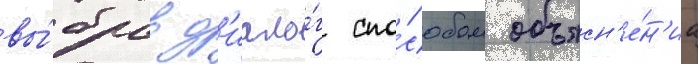
вы́брав д'иало́г спо́собом объясн'е́н'иа